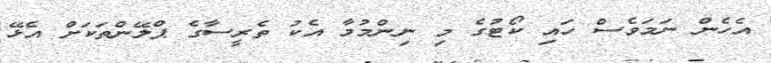
އެހެން ނަމަވެސް ހައި ކޯޓުގެ މި ނިންމުމާ އެކު ތެރީސާގެ ޕްލޭންތަކަށް އެޅޭ